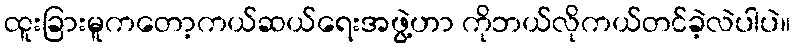
ထူးခြားမူကတော့ကယ်ဆယ်ရေးအဖွဲ့ဟာ ကိုဘယ်လိုကယ်တင်ခဲ့လဲပါပဲ။